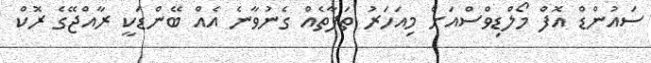
ސައުންޑް އޮފް މޯލްޑިވްސްއަށް މިއަހަރު ތަފާތެއް ގެނުވާނެ އެއް ބޭންޑަކީ ރާއްޖޭގެ ރޮކް